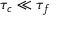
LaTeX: \tau _ { c } \ll \tau _ { f }